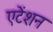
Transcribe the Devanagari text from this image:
एटेंशन